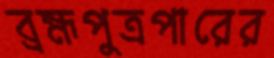
ব্রহ্মপুত্রপারের